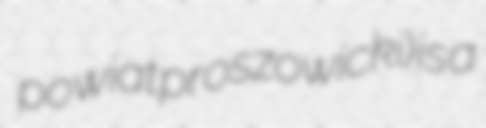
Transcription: powiat proszowicki) is a